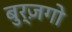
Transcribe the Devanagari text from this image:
बुर्ज़गो